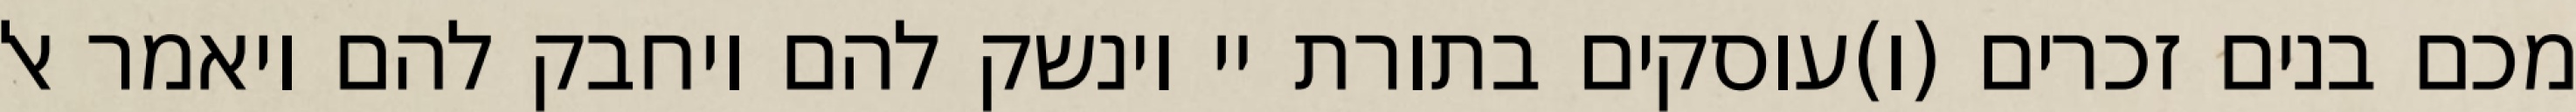
מכם בנים זכרים (ו)עוסקים בתורת יי וינשק להם ויחבק להם ויאמר אל